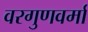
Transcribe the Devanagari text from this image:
वरगुणवर्मा